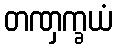
တဏှက္ခယံ